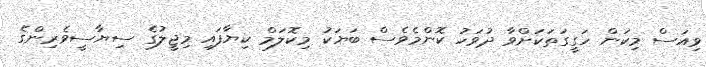
ވިއަސް މިކަން ހަގީގަތަކަށްވާ ދުވަހު ކޮންމެވެސް ބަޔަކު މިކޮލަމް ކިޔާފައި މިޖީލުގެ ސިޔާސީވެރިންގެ